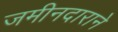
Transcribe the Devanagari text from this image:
जमीनदाराने